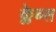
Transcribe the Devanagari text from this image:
क्लेब्स